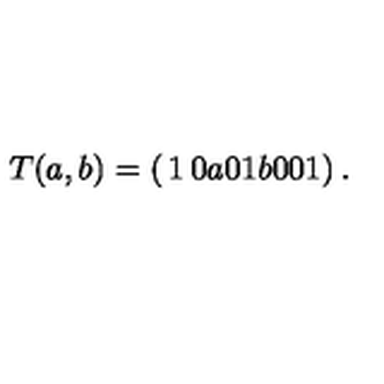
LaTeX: T ( a , b ) = \left( \begin{matrix} { 1 } & { 0 } & { a } \\ { 0 } & { 1 } & { b } \\ { 0 } & { 0 } & { 1 } \\ \end{matrix} \right) .